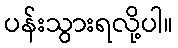
ပန်းသွားရလို့ပါ။